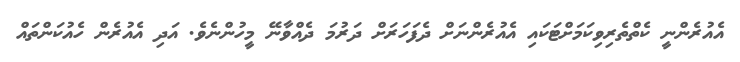
އެއުރެންނީ ކެތްތެރިވިކަމަށްޓަކައި އެއުރެންނަށް ދެފަހަރަށް ދަރުމަ ދެއްވާނޭ މީހުންނެވެ. އަދި އެއުރެން ހެއުކަންތައް